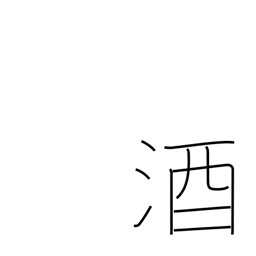
Meaning: sake